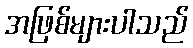
အဖြစ်များပါသည်